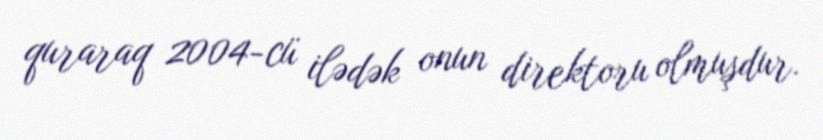
quraraq 2004-cü ilədək onun direktoru olmuşdur.